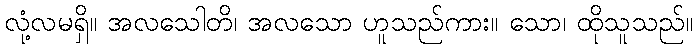
လုံ့လမရှိ။ အလသေါတိ၊ အလသော ဟူသည်ကား။ သော၊ ထိုသူသည်။